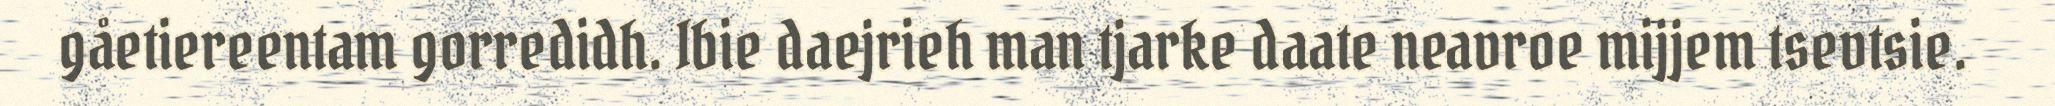
gåetiereentam gorredidh. Ibie daejrieh man tjarke daate neavroe mijjem tsevtsie.